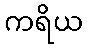
ကရိယ